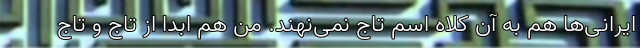
ایرانی‌ها هم به آن کلاه اسم تاج نمی‌نهند. من هم ابدا از تاج و تاج